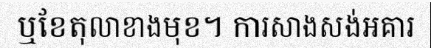
ឬខែតុលាខាងមុខ។ ការសាងសង់អគារ